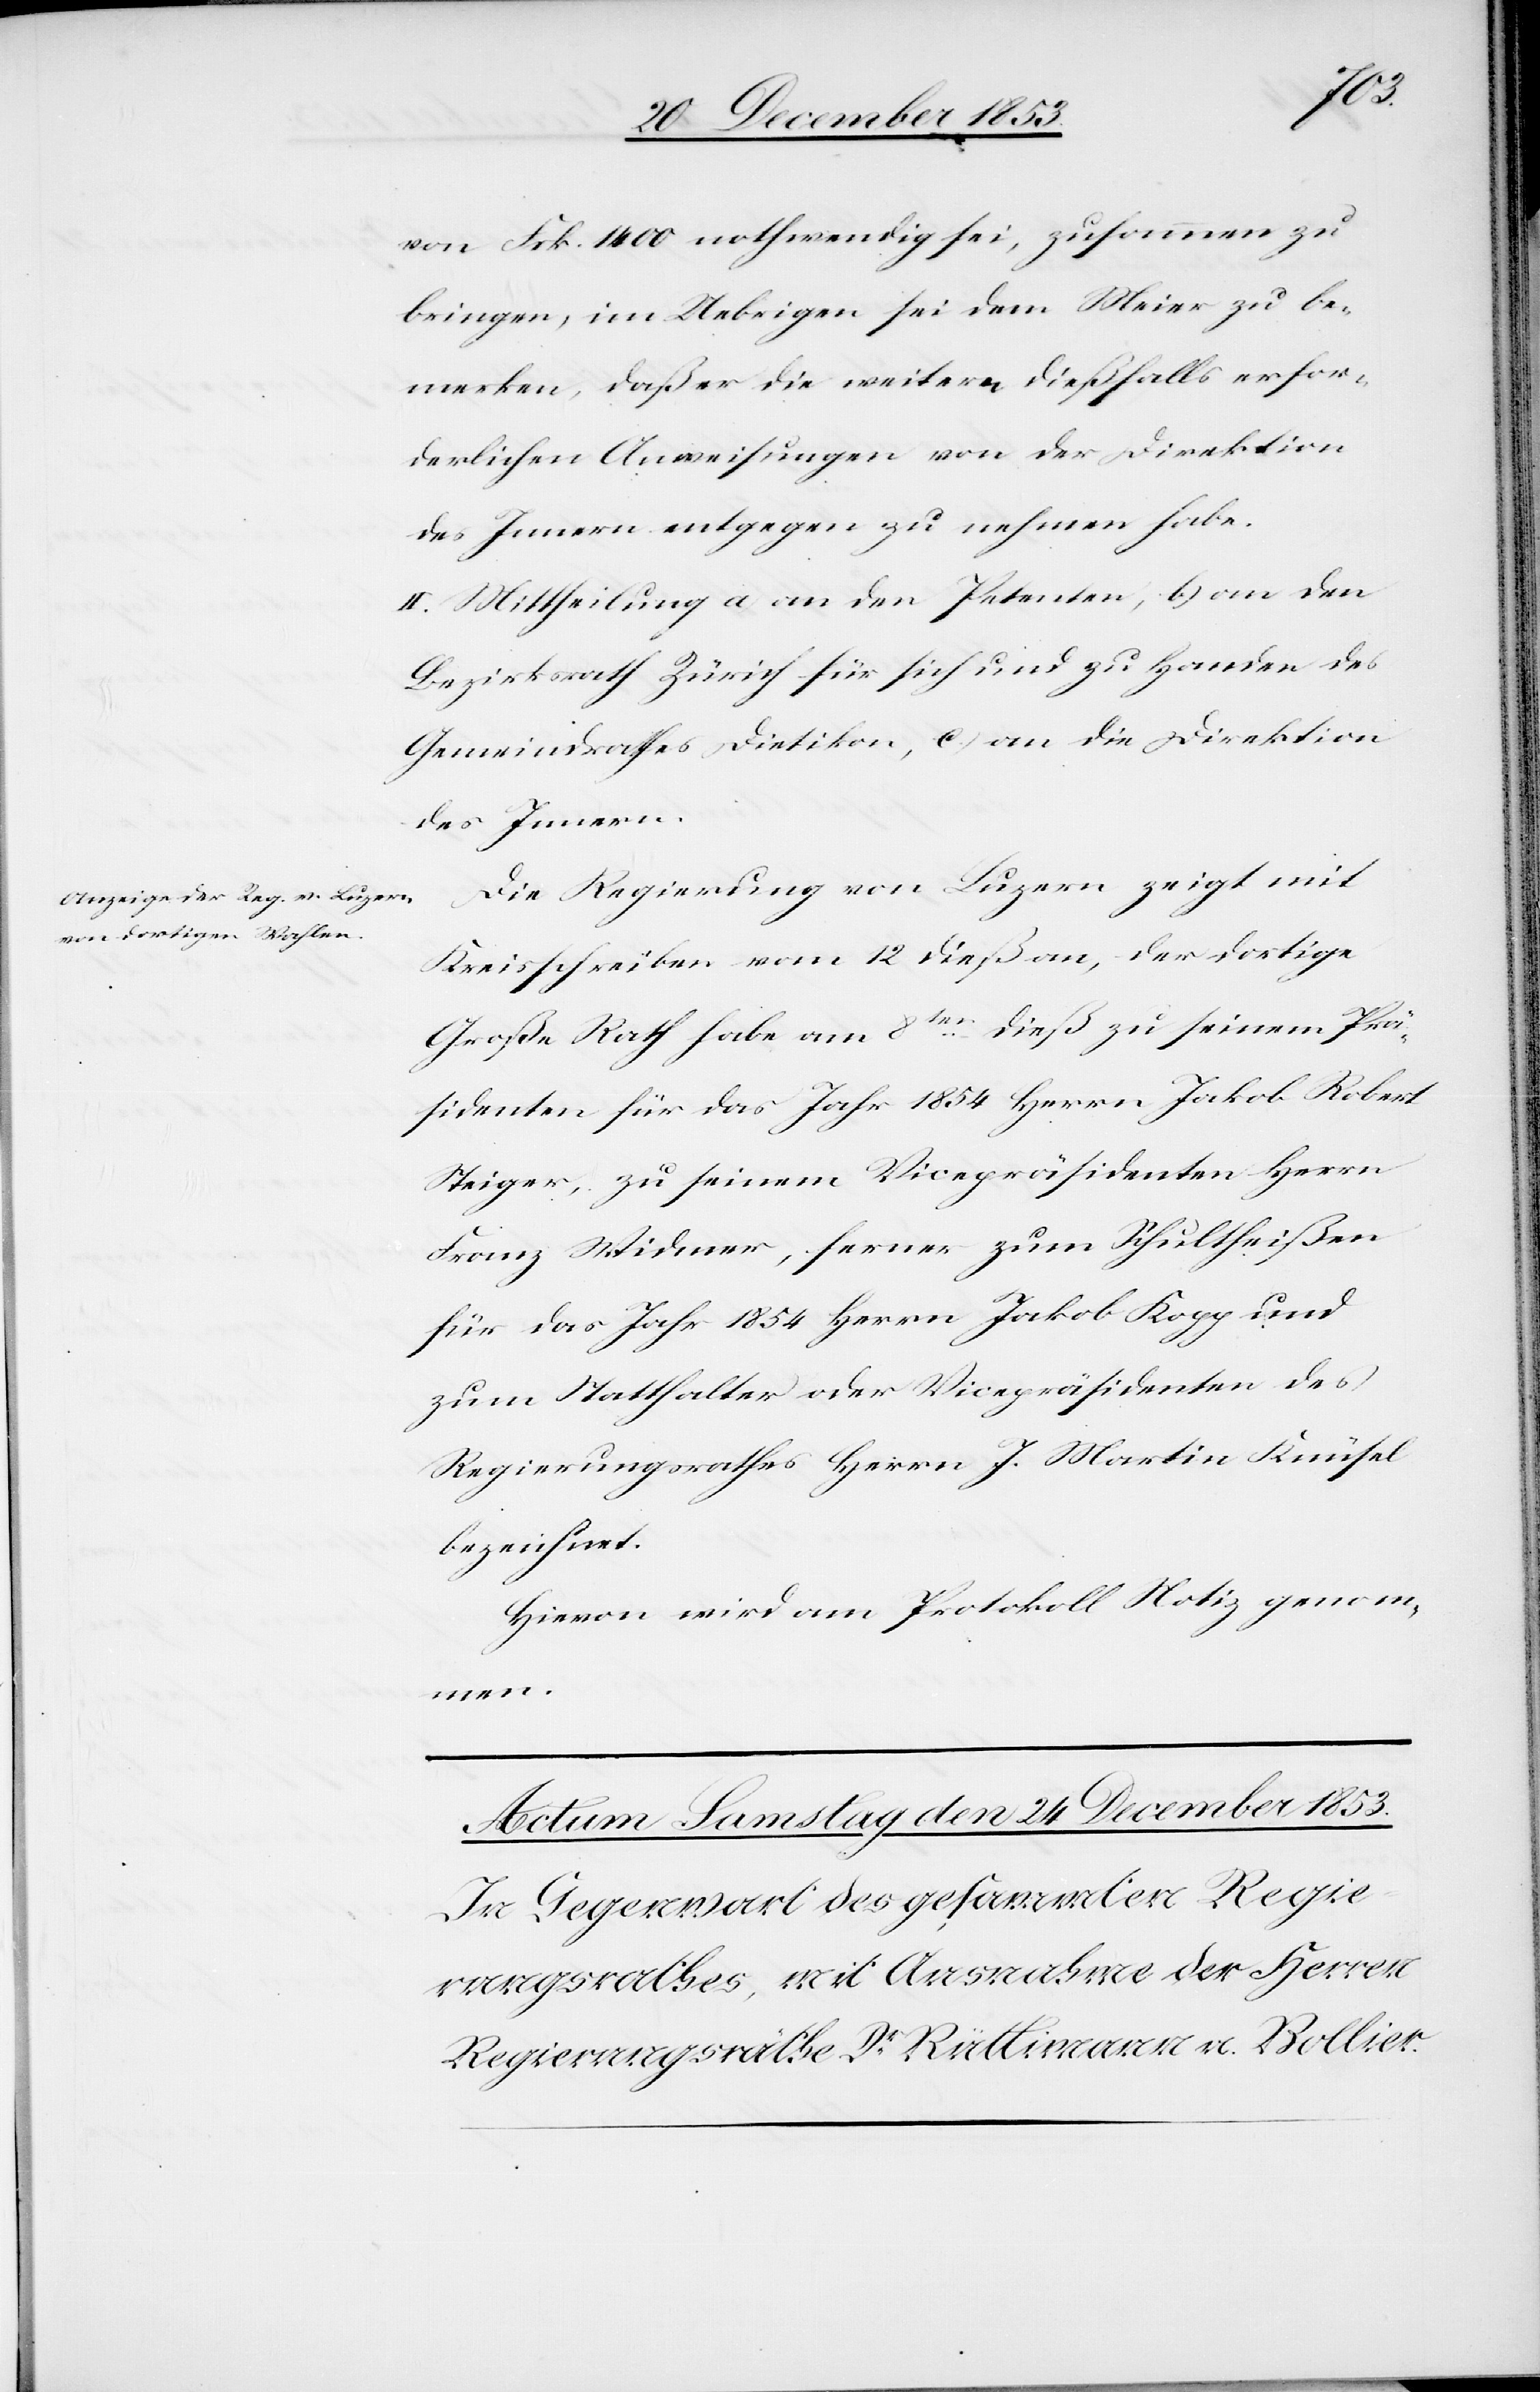
von Frk. 1400 nothwendig sei, zusammen zu
bringen, im Uebrigen sei dem Meier zu be¬
merken, daß er die weitere dießfalls erfor¬
derlichen Anweisungen von der Direktion
des Innern entgegen zu nehmen habe.
II. Mittheilung a) an den Petenten, b) an den
Bezirksrath Zürich für sich und zu Handen des
Gemeindrathes Dietikon, c) an die Direktion
des Innern.
Die Regierung von Luzern zeigt mit
Kreisschreiben vom 12 dieß an, der dortige
Große Rath habe am 8ten dieß zu seinem Prä¬
sidenten für das Jahr 1854 Herrn Jakob Robert
Steiger, zu seinem Vicepräsidenten Herrn
Franz Widmer, ferner zum Schultheißen
für das Jahr 1854 Herrn Jakob Kopp und
zum Statthalter oder Vicepräsidenten des
Regierungsrathes Herrn J. Martin Knüsel
bezeichnet.
Hievon wird am Protokoll Notiz genom¬
men.